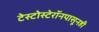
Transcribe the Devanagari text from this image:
टेस्टोस्टेरॉनपासूनही